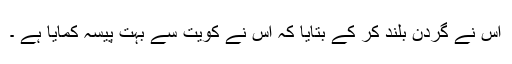
اس نے گردن بلند کر کے بتایا کہ اس نے کویت سے بہت پیسہ کمایا ہے ۔